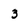
Character: 3